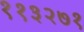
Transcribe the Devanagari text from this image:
११३२७१